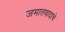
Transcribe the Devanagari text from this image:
जमातवादाचे